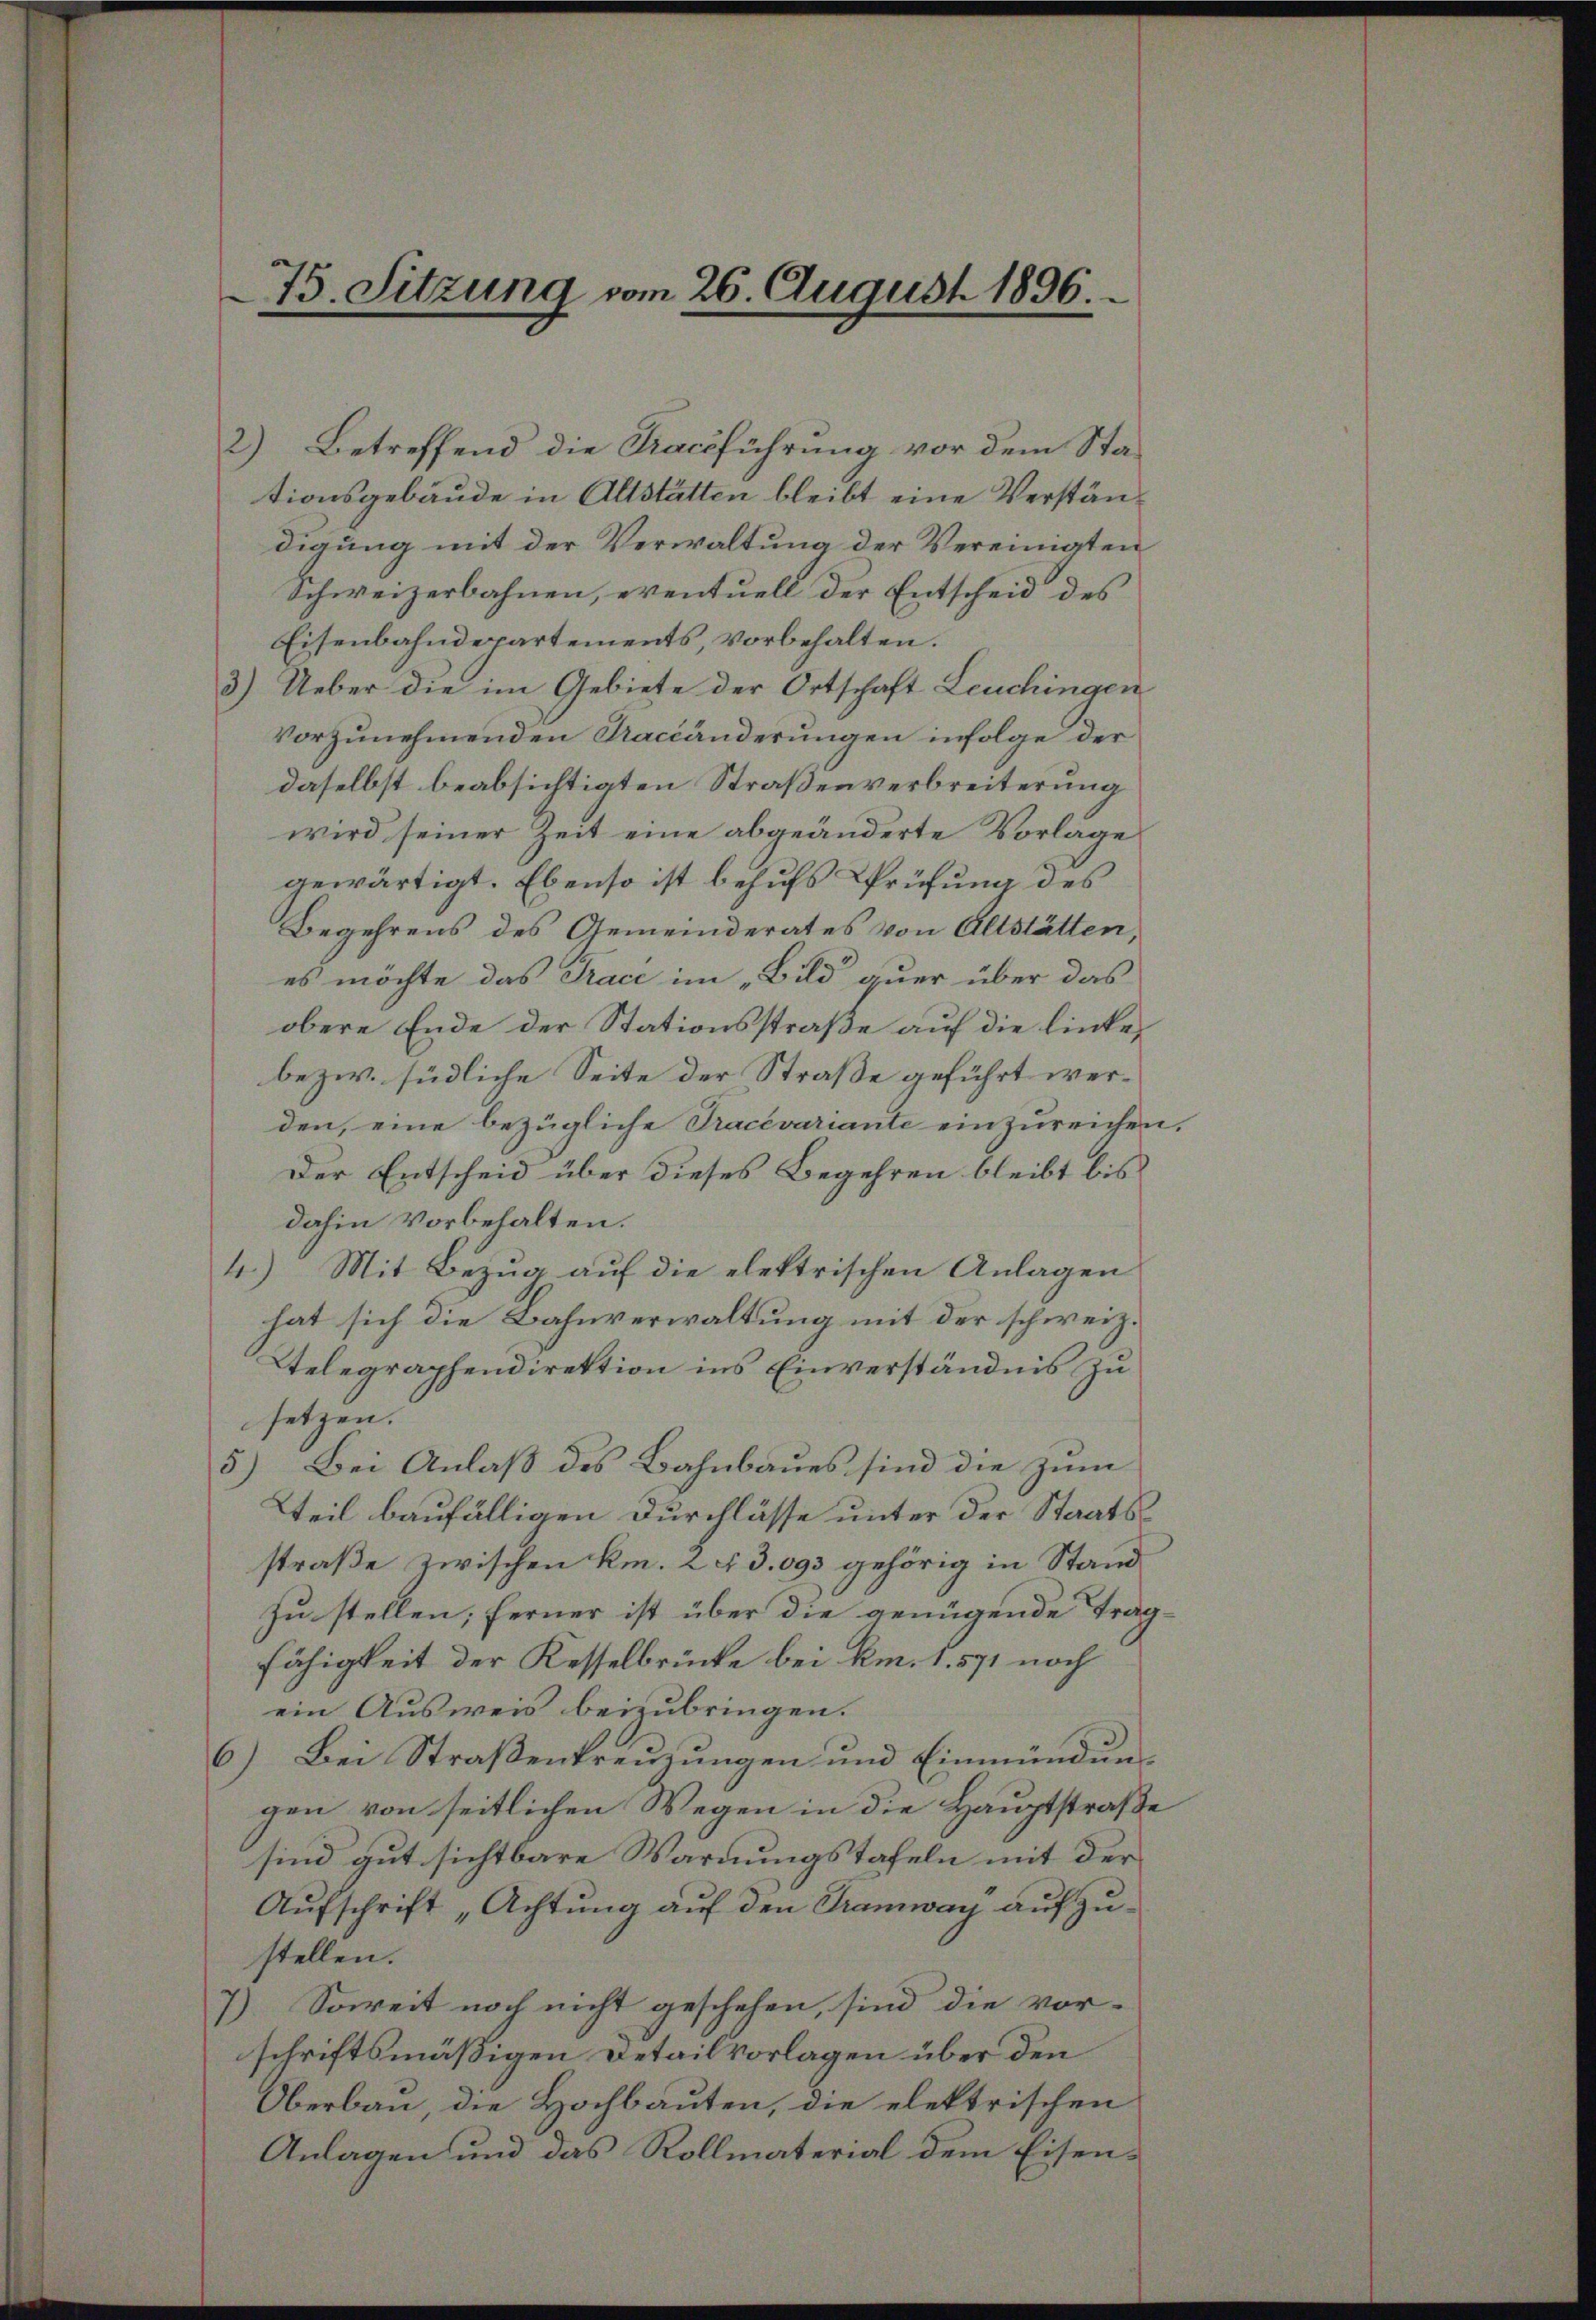
2)
Betreffend die Rachführung vor dem Stationsgebäude in Altstätten bleibt eine Verständigung mit der Verwaltung der Vereinigten
Schweizerbahnen, eventuell der Entscheid des
Eisenbahndepartements, vorbehalten.
3.) Ueber die im Gebiete der Ortschaft Leuchingen
vorzunehmenden Raceänderungen infolge der
daselbst beabsichtigten Straßenverbreiterung
wird seiner Zeit eine abgeänderte Vorlage
gewärtigt. Ebenso ist behufs Prüfung des
Begehrens des Gemeinderates von Altstätten,
es möchte das Trace im „Bild quer über das
obere Ende der Stationsstraße auf die linke¬
bezw. südliche Seite der Straße geführt werden, eine bezügliche Tracevariante einzureichen.
Der Entscheid über dieses Begehren bleibt bis
dahin vorbehalten.
4.) Mit Bezug auf die elektrischen Anlagen
hat sich die Bahnverwaltung mit der schweiz.
telegraphendirektion ins Einverständnis zu
setzen.
5) Bei Anlaß des Bahnbaues sind die zum
Tteil baufälligen Durchlasse unter der Staatsstraße zwischen km. 2 § 3093 gehörig in Stand
Zu stellen; ferner ist über die genügende Träg-
fähigkeit der Kesselbrücke bei Am. 1. 571 noch
ein Ausweis beizubringen.
6.) Bei Straßenkreuzungen und Einmündungen von seitlichen Wegen in die Hauptstraße
sind gut sichtbare Warnungstafeln mit der
Aufschrift „Achtung auf den Tramway aufzustellen.
7) Soweit noch nicht geschehen, sind die vor-
schriftsmäßigen Detail Vorlagen über den
Oberbau, die Hochbauten, die elektrischen
Anlagen und das Rollmaterial dem Eisen¬

75. Sitzung vom 26. August 1896.